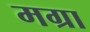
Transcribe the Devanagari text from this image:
मग्रा